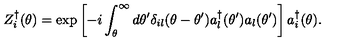
Z _ { i } ^ { \dagger } ( \theta ) = \exp \left[ - i \int _ { \theta } ^ { \infty } d \theta ^ { \prime } \delta _ { i l } ( \theta - \theta ^ { \prime } ) a _ { l } ^ { \dagger } ( \theta ^ { \prime } ) a _ { l } ( \theta ^ { \prime } ) \right] a _ { i } ^ { \dagger } ( \theta ) .